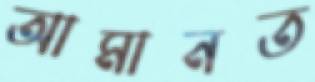
আমানত